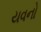
યવનો